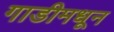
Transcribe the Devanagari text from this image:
गाडीमधून